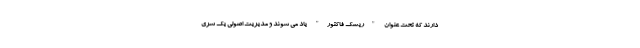
دارند که تحت عنوان "ریسک فاکتور" یاد می شوند و مدیریت اصولی یک سری